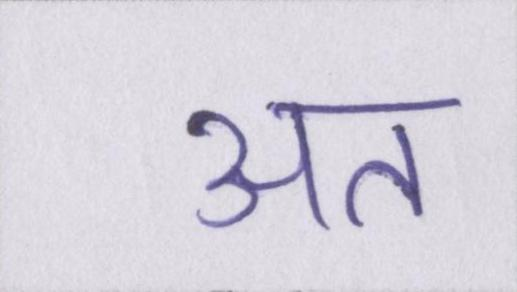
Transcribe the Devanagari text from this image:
अत